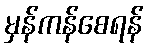
မှန်ကန်စေရန်